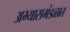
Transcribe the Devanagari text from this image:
अभ्यासमंडळात